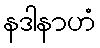
နဒါနာဟံ